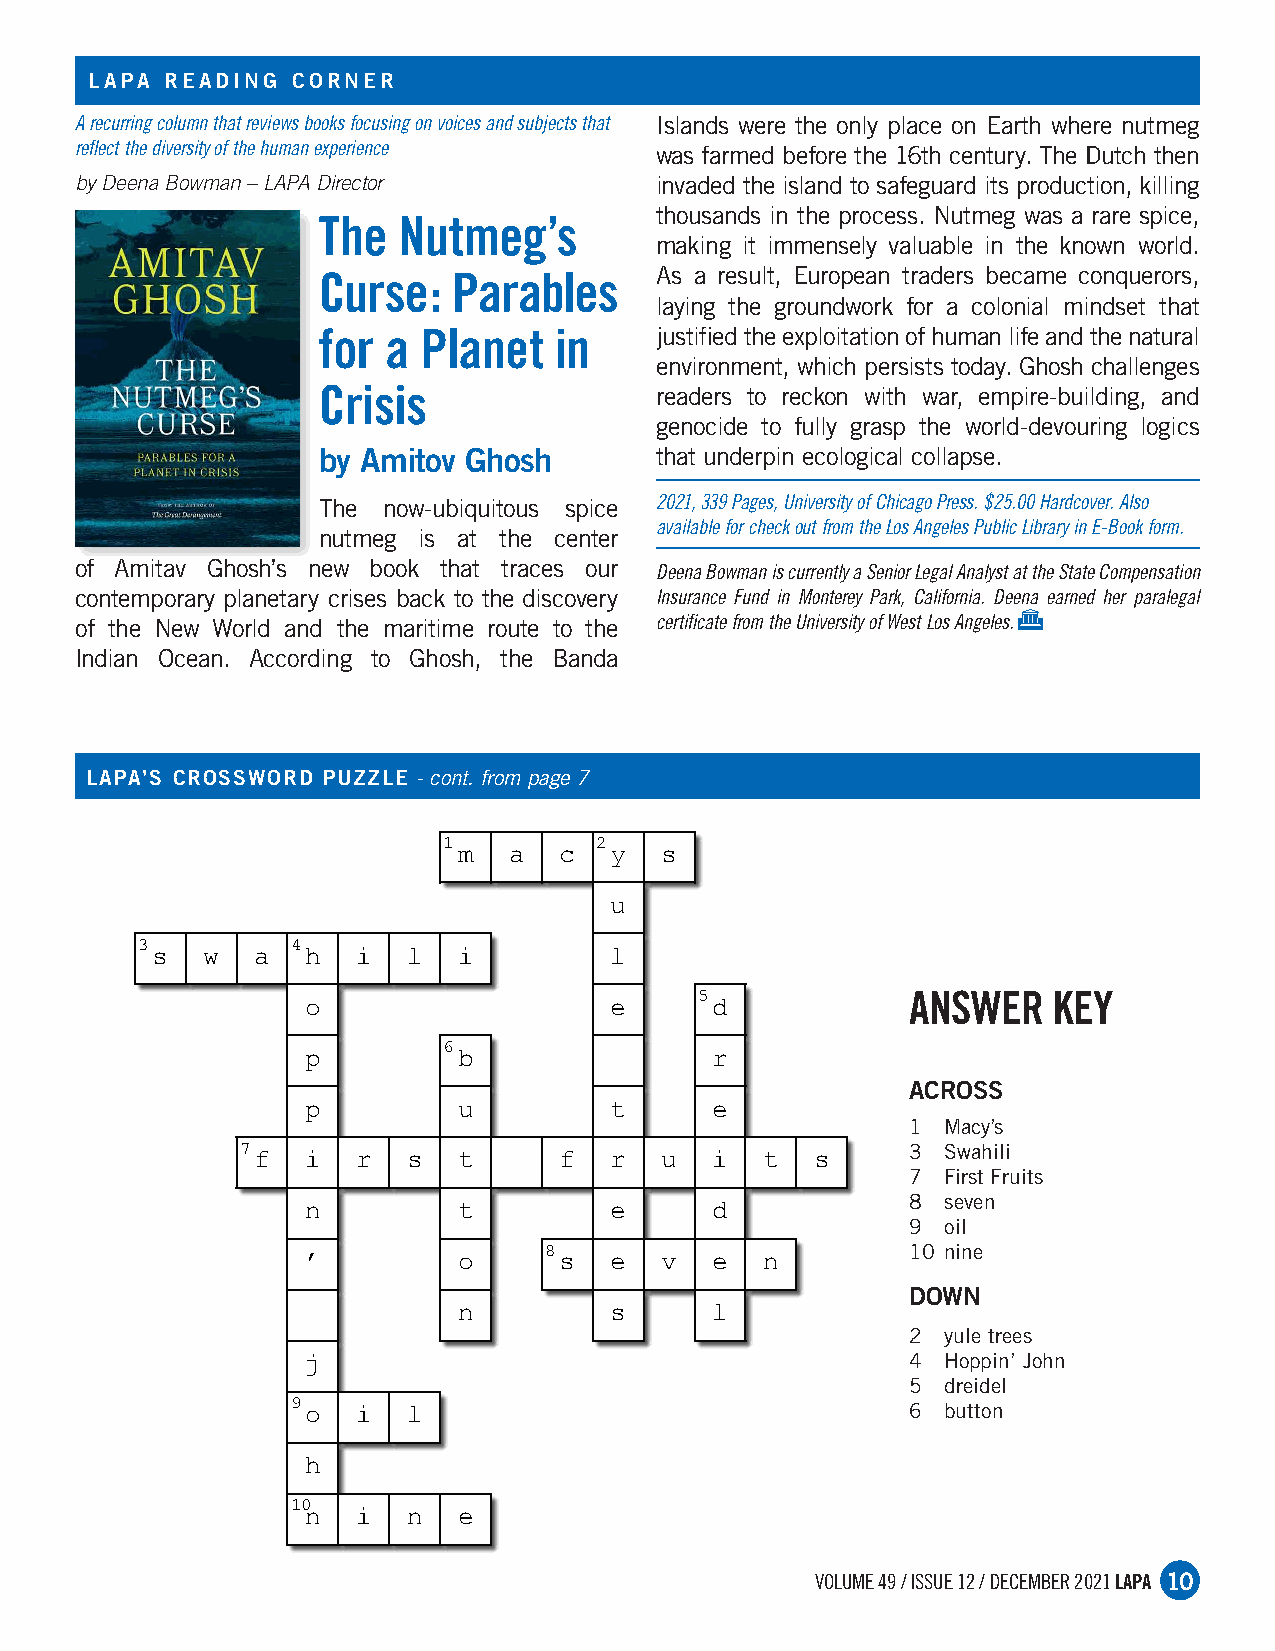
lapa REadinG coR nER
 A recurring column that reviews books focusing on voices and subjects that Islands were the only place on Earth where nutmeg
 reflect the diversity of the human experience was farmed before the 16th century. The Dutch then
 by Deena Bowman – LAPA Director       invaded the island to safeguard its production, killing
 thousands in the process. Nutmeg was a rare spice,
 The  Nutmeg’s
 making it immensely valuable in the known world.
 Curse:   Parables     As a result, European traders became conquerors,
 laying the groundwork for a colonial mindset that
 for  a Planet   in    justified the exploitation of human life and the natural
 environment, which persists today. Ghosh challenges
 Crisis                readers to reckon with war, empire-building, and
 genocide to fully grasp the world-devouring logics
 by amitov Ghosh       that underpin ecological collapse.
 The now-ubiquitous spice 2021, 339 Pages, University of Chicago Press. $25.00 Hardcover. Also
 available for check out from the Los Angeles Public Library in E-Book form.
 nutmeg is at the center
 of Amitav Ghosh’s new book that traces our Deena Bowman is currently a Senior Legal Analyst at the State Compensation
 contemporary planetary crises back to the discovery Insurance Fund in Monterey Park, California. Deena earned her paralegal
 G
 of the New World and the maritime route to the certificate from the University of West Los Angeles.
 Indian Ocean. According to Ghosh, the Banda
 lapa’s cRossWoRd pUZZlE - cont. from page 7
 1         2
 m   a  c  y   s
 u
 3         4
 s  w   a  h   i  l  i         l
 5             ANSWER    KEY
 o                   e      d
 6
 p         b                r
 acRoss
 p         u         t      e
 1  Macy’s
 7                                           3  Swahili
 f  i   r  s  t      f  r   u  i   t  s
 7  First Fruits
 8  seven
 n         t         e      d
 9  oil
 10 nine
 8
 ’         o      s  e   v  e   n
 doWn
 n         s      l
 2  yule trees
 4  Hoppin’ John
 j
 5  dreidel
 9                                        6  button
 o   i  l
 h
 10
 n   i  n  e
 VOLUME 49 / ISSUE 12 / DECEMBER 2021 LAPA 10